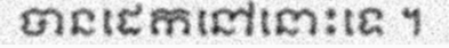
បានដេកនៅនោះទេ ។